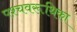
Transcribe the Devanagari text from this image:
पश्चवरूथिका